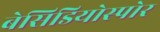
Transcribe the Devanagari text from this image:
बेसिडियोस्पोर